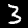
Digit: 3